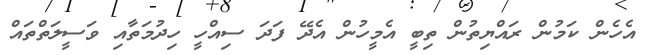
އެހެން ކަމުން ރައްޔިތުން ތިބީ އެމީހުން އެދޭ ފަދަ ސިއްހީ ހިދުމަތާއި ވަސީލަތްތައް